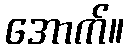
အောက်။